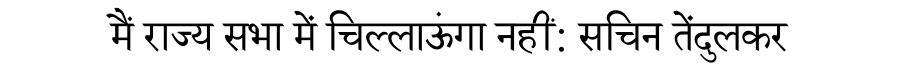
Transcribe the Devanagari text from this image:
मैं राज्य सभा में चिल्लाऊंगा नहीं: सचिन तेंदुलकर